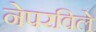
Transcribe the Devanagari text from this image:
नेपरविले